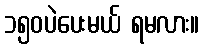
၁၅၀ပဲပေးမယ် ရမလား။